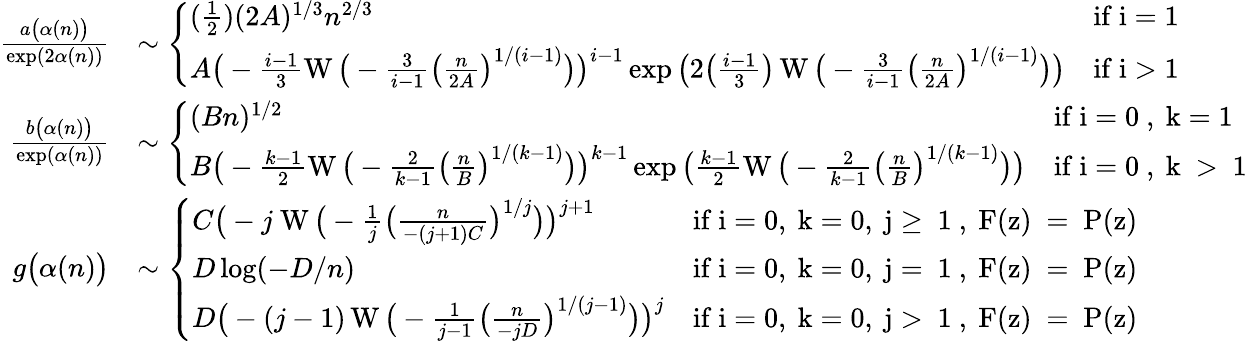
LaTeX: \begin{array}{rl}{\frac{a\big(\alpha(n)\big)}{\exp(2\alpha(n))}}&{\sim\left\{ \begin{array}{ll}{(\frac{1}{2})(2A)^{1/3}n^{2/3}}&{\mathrm{if~i=1~}}\\ {A\big(-\frac{i-1}{3}\operatorname{W}\big(-\frac{3}{i-1}\big(\frac{n}{2A}\big)^{1/(i-1)}\big)\big)^{i-1}\exp\big(2\big(\frac{i-1}{3}\big)\operatorname{W}\big(-\frac{3}{i-1}\big(\frac{n}{2A}\big)^{1/(i-1)}\big)\big)}&{\mathrm{if~i>1~}}\end{array}\right.}\\ {\frac{b\big(\alpha(n)\big)}{\exp(\alpha(n))}}&{\sim\left\{ \begin{array}{ll}{(Bn)^{1/2}}&{\mathrm{if~i=0~,~k=1~}}\\ {B\big(-\frac{k-1}{2}\operatorname{W}\big(-\frac{2}{k-1}\big(\frac{n}{B}\big)^{1/(k-1)}\big)\big)^{k-1}\exp\big(\frac{k-1}{2}\operatorname{W}\big(-\frac{2}{k-1}\big(\frac{n}{B}\big)^{1/(k-1)}\big)\big)}&{\mathrm{if~i=0~,~k~>~1~}}\end{array}\right.}\\ {g\big(\alpha(n)\big)}&{\sim\left\{ \begin{array}{ll}{C\big(-j\! \ \operatorname{W}\big(-\frac{1}{j}\big(\frac{n}{-(j+1)C}\big)^{1/j}\big)\big)^{j+1}}&{\mathrm{if~i=0,~k=0,~j\geq~1~,~F(z)~=~P(z)~}}\\ {D\log({-D/n})}&{\mathrm{if~i=0,~k=0,~j=~1~,~F(z)~=~P(z)~}}\\ {D\big(-(j-1)\operatorname{W}\big(-\frac{1}{j-1}\big(\frac{n}{-jD}\big)^{1/(j-1)}\big)\big)^{j}}&{\mathrm{if~i=0,~k=0,~j>~1~,~F(z)~=~P(z)~}}\end{array}\right.}\end{array}